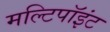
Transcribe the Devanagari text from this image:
मल्टिपॉइंट